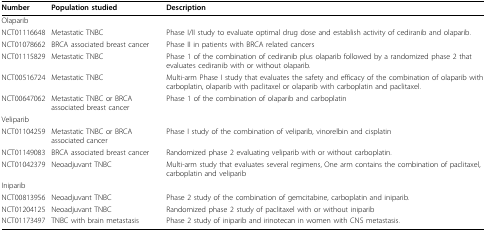
<table><thead><tr><td><b>Number</b></td><td><b>Population studied</b></td><td><b>Description</b></td></tr></thead><tbody><tr><td colspan="3">Olaparib</td></tr><tr><td>NCT01116648</td><td>Metastatic TNBC</td><td>Phase I/II study to evaluate optimal drug dose and establish activity of cediranib and olaparib.</td></tr><tr><td>NCT01078662</td><td>BRCA associated breast cancer</td><td>Phase II in patients with BRCA related cancers</td></tr><tr><td>NCT01115829</td><td>Metastatic TNBC</td><td>Phase 1 of the combination of cediranib plus olaparib followed by a randomized phase 2 that evaluates cediranib with or without olaparib.</td></tr><tr><td>NCT00516724</td><td>Metastatic TNBC</td><td>Multi-arm Phase I study that evaluates the safety and efficacy of the combination of olaparib with carboplatin, olaparib with paclitaxel or olaparib with carboplatin and paclitaxel.</td></tr><tr><td>NCT00647062</td><td>Metastatic TNBC or BRCA associated breast cancer</td><td>Phase 1 of the combination of olaparib and carboplatin</td></tr><tr><td colspan="3">Veliparib</td></tr><tr><td>NCT01104259</td><td>Metastatic TNBC or BRCA associated cancer</td><td>Phase I study of the combination of veliparib, vinorelbin and cisplatin</td></tr><tr><td>NCT01149083</td><td>BRCA associated breast cancer</td><td>Randomized phase 2 evaluating veliparib with or without carboplatin.</td></tr><tr><td>NCT01042379</td><td>Neoadjuvant TNBC</td><td>Multi-arm study that evaluates several regimens, One arm contains the combination of paclitaxel, carboplatin and veliparib</td></tr><tr><td colspan="3">Iniparib</td></tr><tr><td>NCT00813956</td><td>Neoadjuvant TNBC</td><td>Phase 2 study of the combination of gemcitabine, carboplatin and iniparib.</td></tr><tr><td>NCT01204125</td><td>Neoadjuvant TNBC</td><td>Randomized phase 2 study of paclitaxel with or without iniparib</td></tr><tr><td>NCT01173497</td><td>TNBC with brain metastasis</td><td>Phase 2 study of iniparib and irinotecan in women with CNS metastasis.</td></tr></tbody></table>